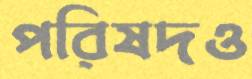
পরিষদও